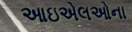
આઇએલઓના